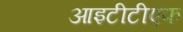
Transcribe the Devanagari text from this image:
आइटीटीएफ